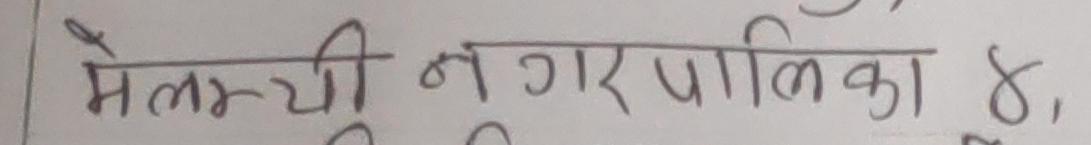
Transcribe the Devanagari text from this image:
मेलम्बी नगरपालिका ४,